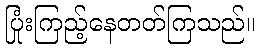
ပြုံးကြည့်နေတတ်ကြသည်။